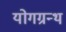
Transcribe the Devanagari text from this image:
योगग्रन्थ